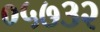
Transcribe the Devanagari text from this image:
०५७३२